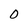
Character: O